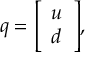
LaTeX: q = { \left[ \begin{array} { l } { u } \\ { d } \end{array} \right] } ,